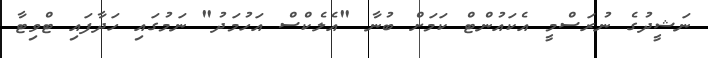
ނަަޝީދުގެ ނުރަސްމީ އެކައުންޓް ކަމަށް ބުނާ "އެލެކްސް އަހުމަދު" ނަމުގައި ހަދާފައި ޓްވިޓާ